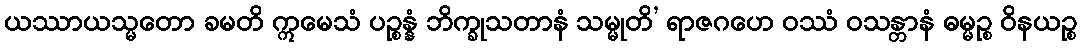
ယဿာယသ္မတော ခမတိ ဣမေသံ ပဉ္စန္နံ ဘိက္ခုသတာနံ သမ္မုတိ’ ရာဇဂဟေ ဝဿံ ဝသန္တာနံ ဓမ္မဉ္စ ဝိနယဉ္စ